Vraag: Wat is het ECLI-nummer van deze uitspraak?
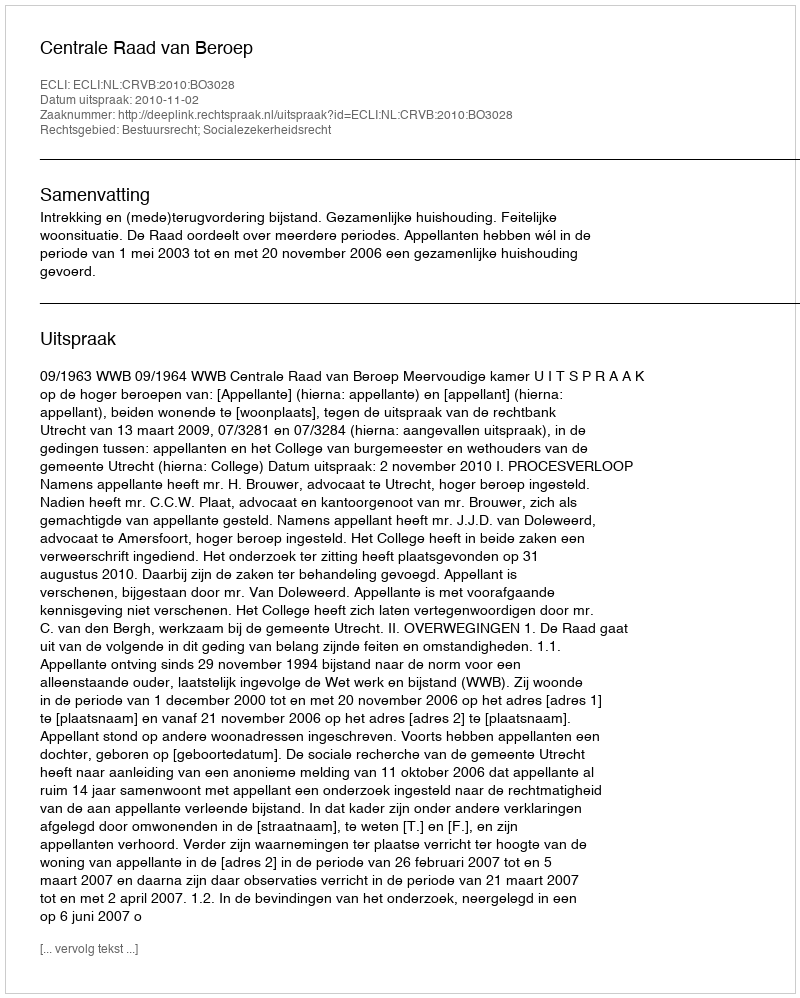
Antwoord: ECLI:NL:CRVB:2010:BO3028